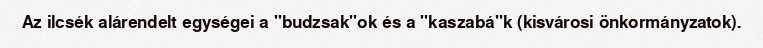
Az ilcsék alárendelt egységei a "budzsak"ok és a "kaszabá"k (kisvárosi önkormányzatok).